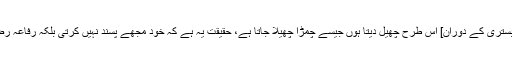
یہ جھوٹ بولتی ہے میں تو اسے [ہم بستری کے دوران] اس طرح چھیل دیتا ہوں جیسے چمڑا چھیلا جاتا ہے، حقیقت یہ ہے کہ خود مجھے پسند نہیں کرتی بلکہ رفاعہ رضی اللہ عنہ کے پاس جانا چاہتی ہے۔